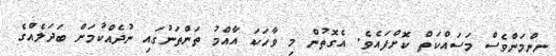
ނިންމަންވެސް މަސައްކަތް ކޮށްފައެވެ. އެގޮތުން މި ވާހަކަ އާއްމު ތަންތަނުގައި ނުދެއްކުމަށް ބަދަލެއްގެ